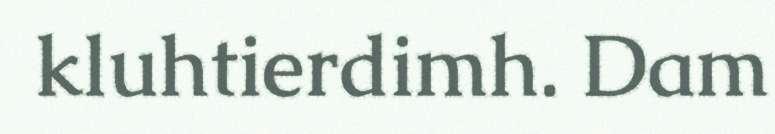
kluhtierdimh. Dam